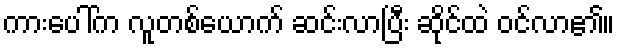
ကားပေါ်က လူတစ်ယောက် ဆင်းလာပြီး ဆိုင်ထဲ ဝင်လာ၏။